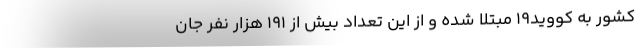
کشور به کووید۱۹ مبتلا شده و از این تعداد بیش از ۱۹۱ هزار نفر جان